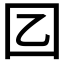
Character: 𡆠